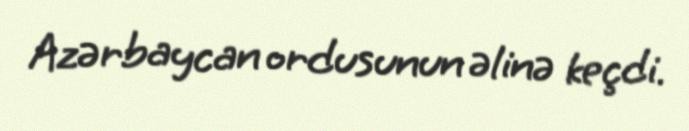
Azərbaycan ordusunun əlinə keçdi.